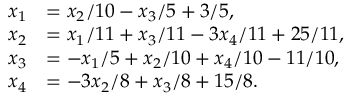
{ \begin{array} { r l } { x _ { 1 } } & { = x _ { 2 } / 1 0 - x _ { 3 } / 5 + 3 / 5 , } \\ { x _ { 2 } } & { = x _ { 1 } / 1 1 + x _ { 3 } / 1 1 - 3 x _ { 4 } / 1 1 + 2 5 / 1 1 , } \\ { x _ { 3 } } & { = - x _ { 1 } / 5 + x _ { 2 } / 1 0 + x _ { 4 } / 1 0 - 1 1 / 1 0 , } \\ { x _ { 4 } } & { = - 3 x _ { 2 } / 8 + x _ { 3 } / 8 + 1 5 / 8 . } \end{array} }